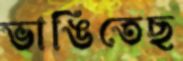
ভাঙিতেছ